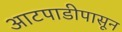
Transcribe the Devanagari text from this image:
आटपाडीपासून